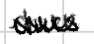
Text: dues
Cross-out: zig-zag
Writing tool: digital_black